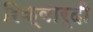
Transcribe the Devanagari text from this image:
रिक्वार्दी